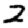
Digit: 2